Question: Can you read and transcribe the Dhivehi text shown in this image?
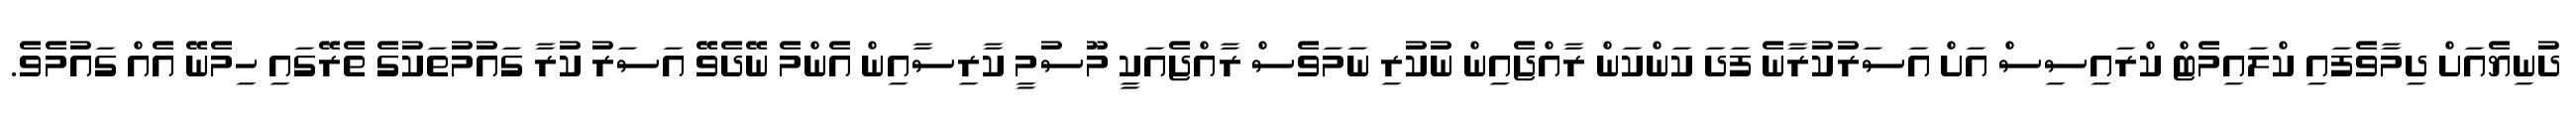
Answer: ދުނިޔެއަށް ދިމާވެފައި ކްލައިމެޓް ކްރައިސިސް އަށް އަސަރުކުރާނެ ފަދަ ކަންކަން ރާއްޖެއިން ނުކުރި ނަމަވެސް ރާއްޖެއަކީ މޫސުމީ ކާރިސާއިން އެންމެ ނޭދެވޭ އަސަރު ކުރާ ގައުމުތަކުގެ ތެރޭގައި ހިމެނޭ އެއް ގައުމެވެ.